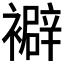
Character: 𧞃